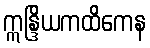
ဣန္ဒြိယကထိကေန